Malaria in India - Number 2
Disease focus: Malaria
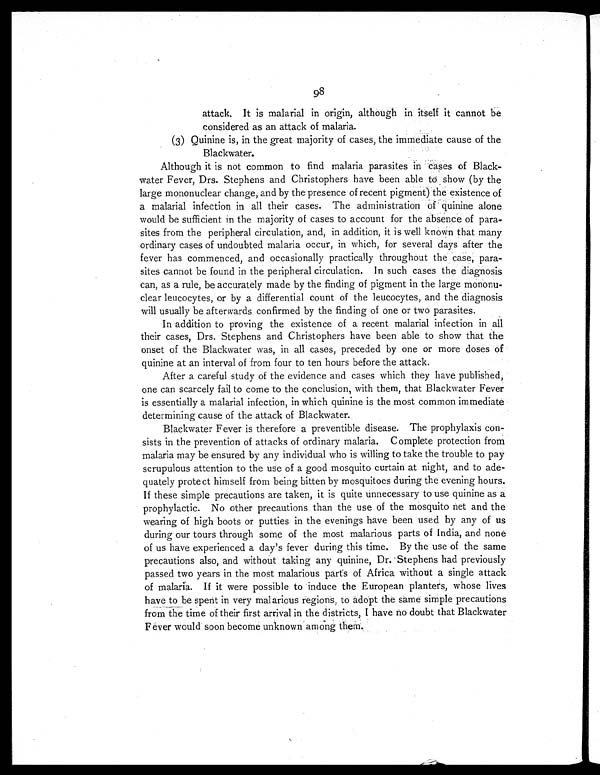
98
attack. It is malarial in origin, although in itself it cannot be
considered as an attack of malaria.
(3) Quinine is, in the great majority of cases, the immediate cause of the
Blackwater.
Although it is not common to find malaria parasites in cases of Black-
water Fever, Drs. Stephens and Christophers have been able to show (by the
large mononuclear change, and by the presence of recent pigment) the existence of
a malarial infection in all their cases. The administration of quinine alone
would be sufficient in the majority of cases to account for the absence of para-
sites from the peripheral circulation, and, in addition, it is well known that many
ordinary cases of undoubted malaria occur, in which, for several days after the
fever has commenced, and occasionally practically throughout the case, para-
sites cannot be found in the peripheral circulation. In such cases the diagnosis
can, as a rule, be accurately made by the finding of pigment in the large mononu-
clear leucocytes, or by a differential count of the leucocytes, and the diagnosis
will usually be afterwards confirmed by the finding of one or two parasites.
In addition to proving the existence of a recent malarial infection in all
their cases, Drs. Stephens and Christophers have been able to show that the
onset of the Blackwater was, in all cases, preceded by one or more doses of
quinine at an interval of from four to ten hours before the attack.
After a careful study of the evidence and cases which they have published,
one can scarcely fail to come to the conclusion, with them, that Blackwater Fever
is essentially a malarial infection, in which quinine is the most common immediate
determining cause of the attack of Blackwater.
Blackwater Fever is therefore a preventible disease. The prophylaxis con-
sists in the prevention of attacks of ordinary malaria. Complete protection from
malaria may be ensured by any individual who is willing to take the trouble to pay
scrupulous attention to the use of a good mosquito curtain at night, and to ade-
quately protect himself from being bitten by mosquitoes during the evening hours.
If these simple precautions are taken, it is quite unnecessary to use quinine as a
prophylactic. No other precautions than the use of the mosquito net and the
wearing of high boots or putties in the evenings have been used by any of us
during our tours through some of the most malarious parts of India, and none
of us have experienced a day's fever during this time. By the use of the same
precautions also, and without taking any quinine, Dr. Stephens had previously
passed two years in the most malarious parts of Africa without a single attack
of malaria. If it were possible to induce the European planters, whose lives
have to be spent in very malarious regions, to adopt the same simple precautions
from the time of their first arrival in the districts, I have no doubt that Blackwater
Fever would soon become unknown among them.